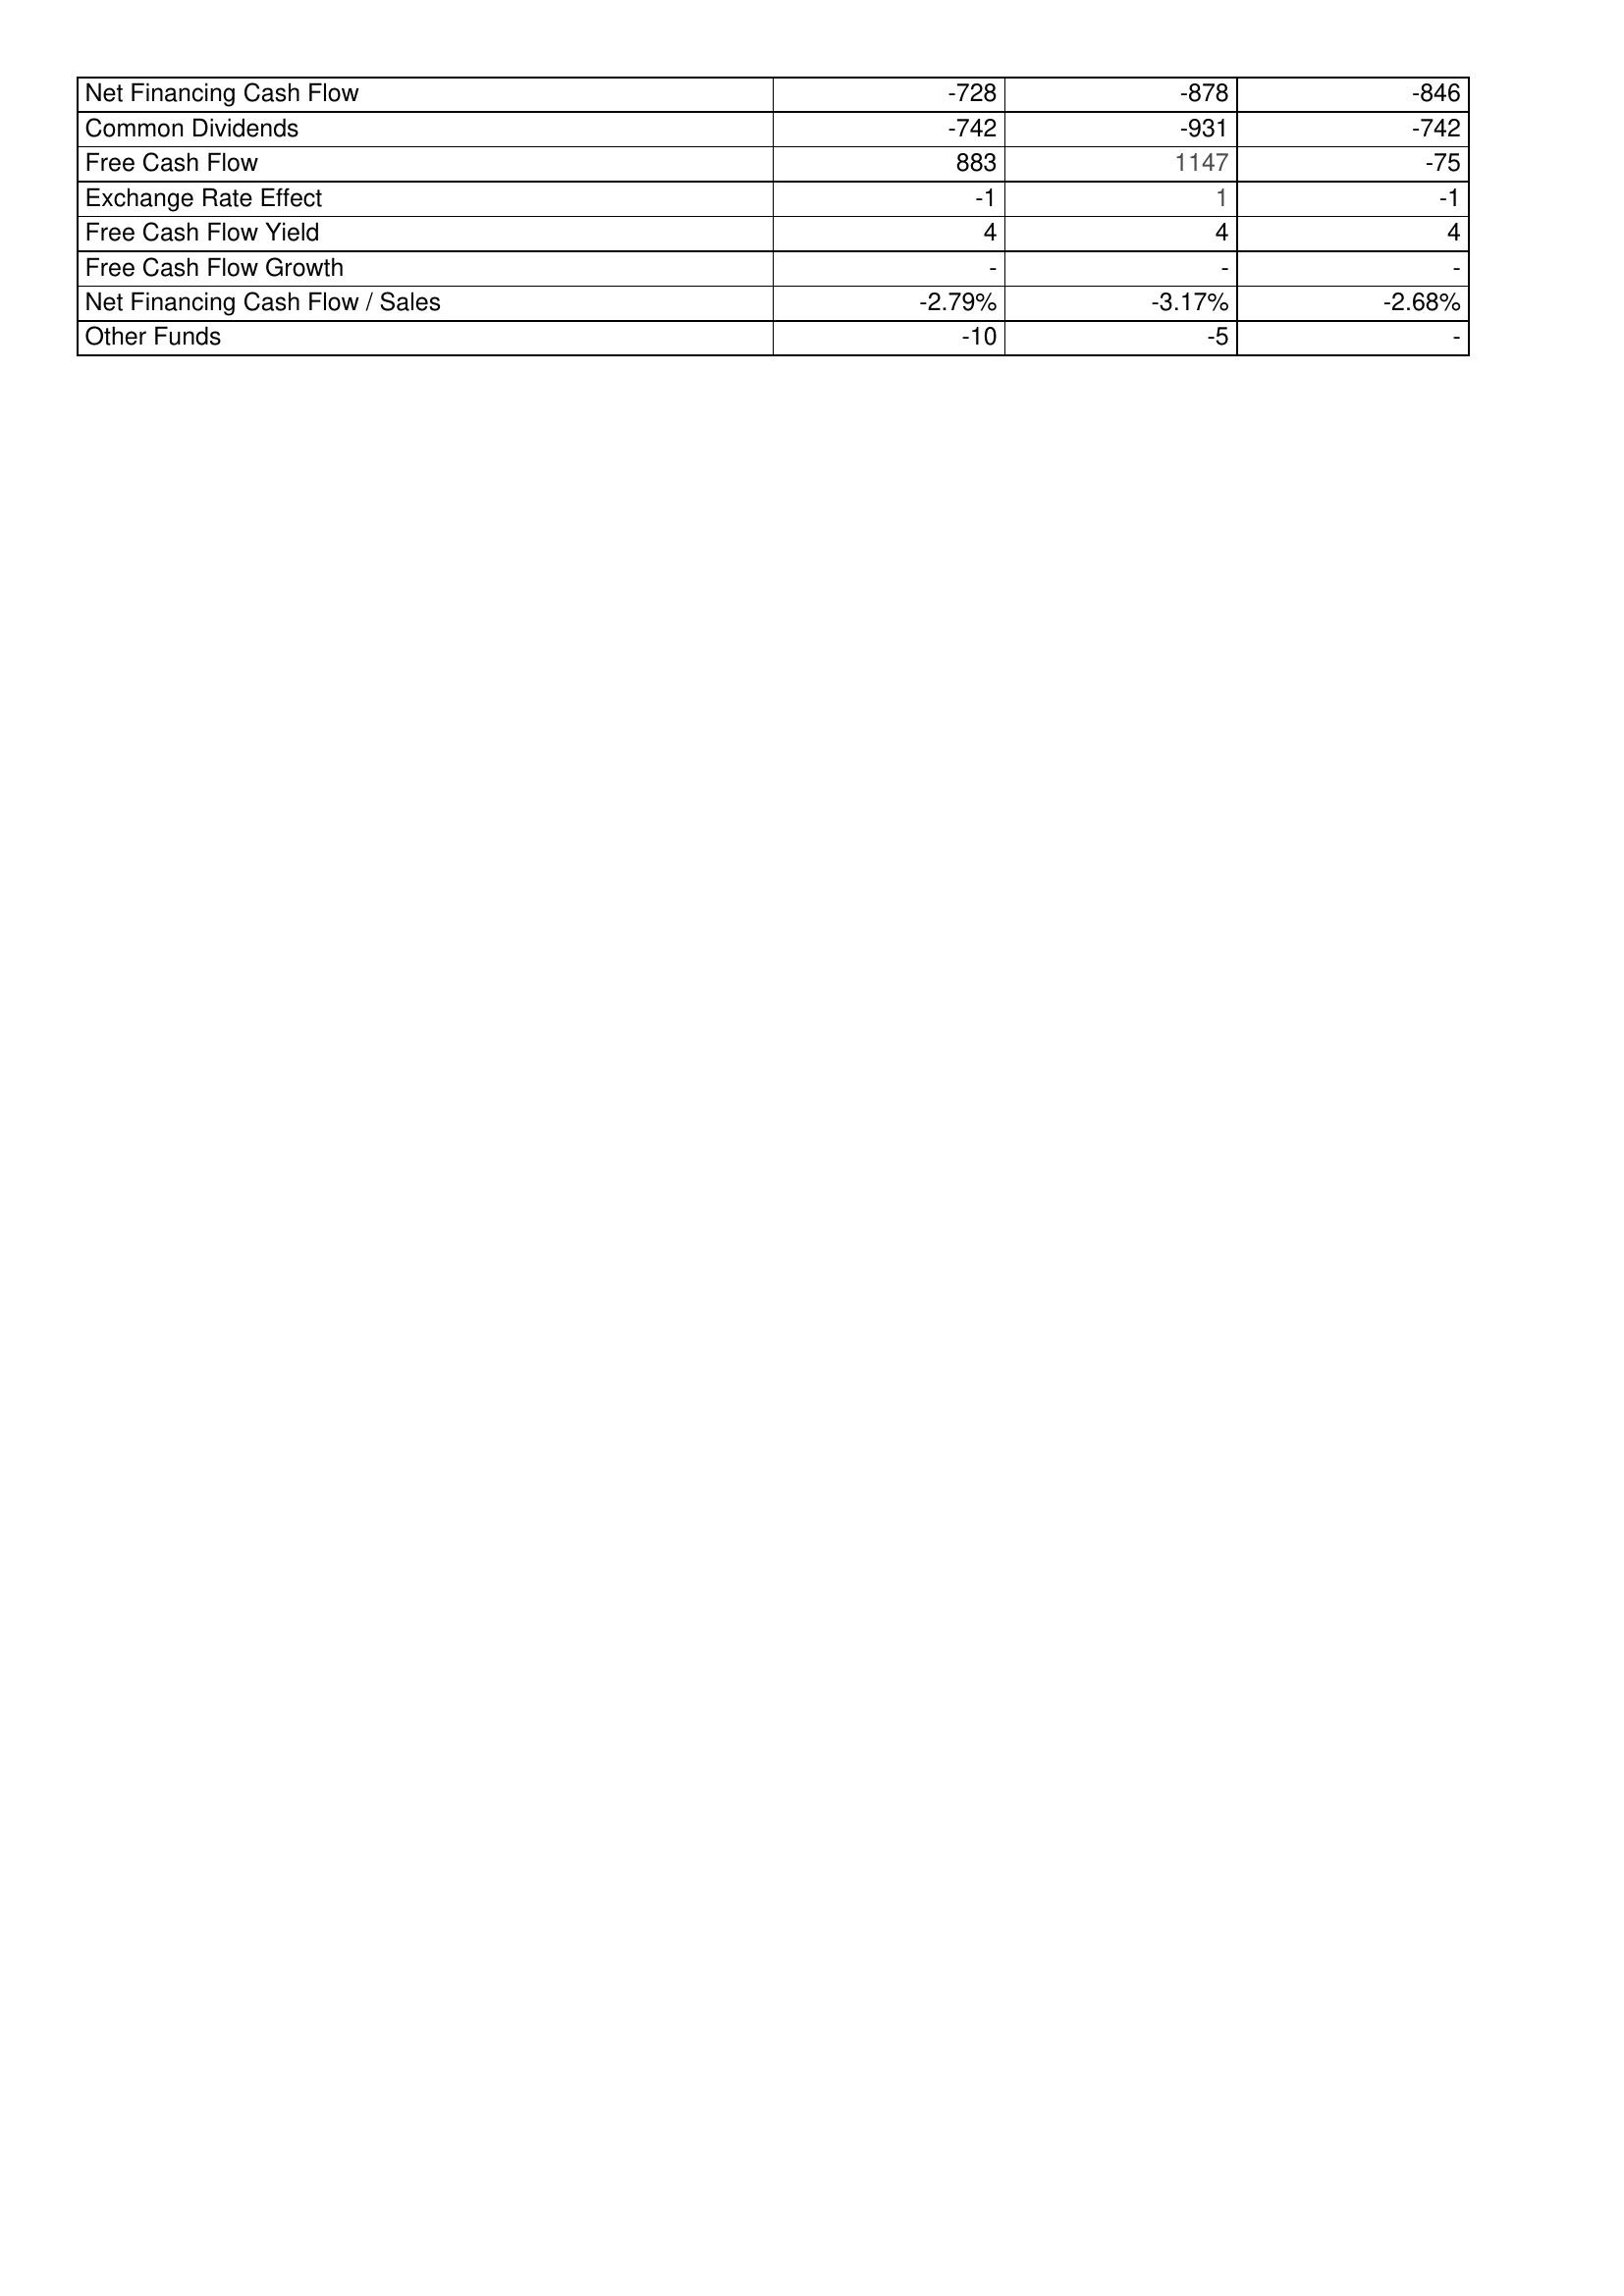
2003: Financing Activities: Net Financing Cash Flow: -728
Common Dividends: -742
Free Cash Flow: 883
Exchange Rate Effect: -1
Free Cash Flow Yield: 4
Free Cash Flow Growth: -
Net Financing Cash Flow / Sales: -2.79%
Other Funds: -10
2004: Financing Activities: Net Financing Cash Flow: -878
Common Dividends: -931
Free Cash Flow: 1147
Exchange Rate Effect: 1
Free Cash Flow Yield: 4
Free Cash Flow Growth: -
Net Financing Cash Flow / Sales: -3.17%
Other Funds: -5
2005: Financing Activities: Net Financing Cash Flow: -846
Common Dividends: -742
Free Cash Flow: -75
Exchange Rate Effect: -1
Free Cash Flow Yield: 4
Free Cash Flow Growth: -
Net Financing Cash Flow / Sales: -2.68%
Other Funds: -